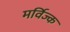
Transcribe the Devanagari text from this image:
मर्विज्क